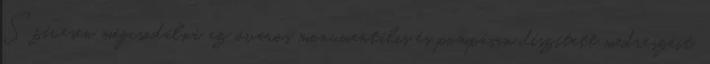
Szívesen megcsodálná az óváros monumentális és pompásan díszített medreszéit,